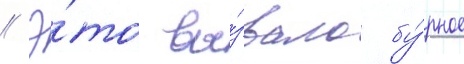
// Э́то вы́звало бу́рное